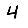
Digit: 4